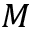
M